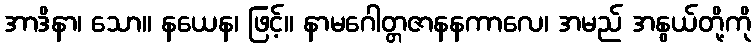
အာဒိနာ၊ သော။ နယေန၊ ဖြင့်။ နာမဂေါတ္တဇာနနကာလေ၊ အမည် အနွယ်တို့ကို